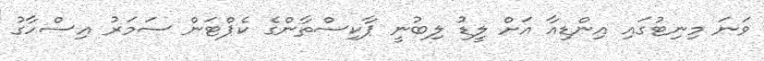
ވަނަ މިނިޓުގައި އިންޑިއާ އަށް ލީޑު ލިބުނީ ޕާކިސްތާންގެ ކެޕްޓަން ސަމަރު އިސްހާގު